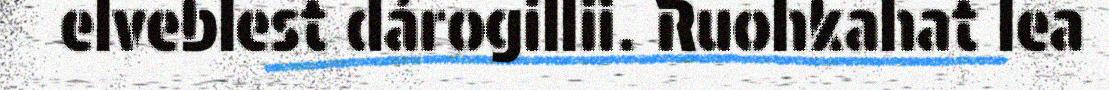
elveblest dárogillii. Ruohkahat lea